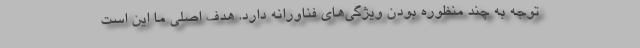
توجه به چند منظوره بودن ویژگی‌های فناورانه دارد. هدف اصلی ما این است